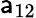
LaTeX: \mathsf{a}_{12}